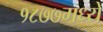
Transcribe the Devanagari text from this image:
१८७७मध्ये